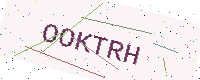
Text: OOKTRH